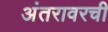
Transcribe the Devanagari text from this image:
अंतरावरची